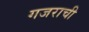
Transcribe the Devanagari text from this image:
गजराची